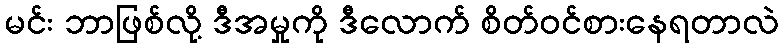
မင်း ဘာဖြစ်လို့ ဒီအမှုကို ဒီလောက် စိတ်ဝင်စားနေရတာလဲ